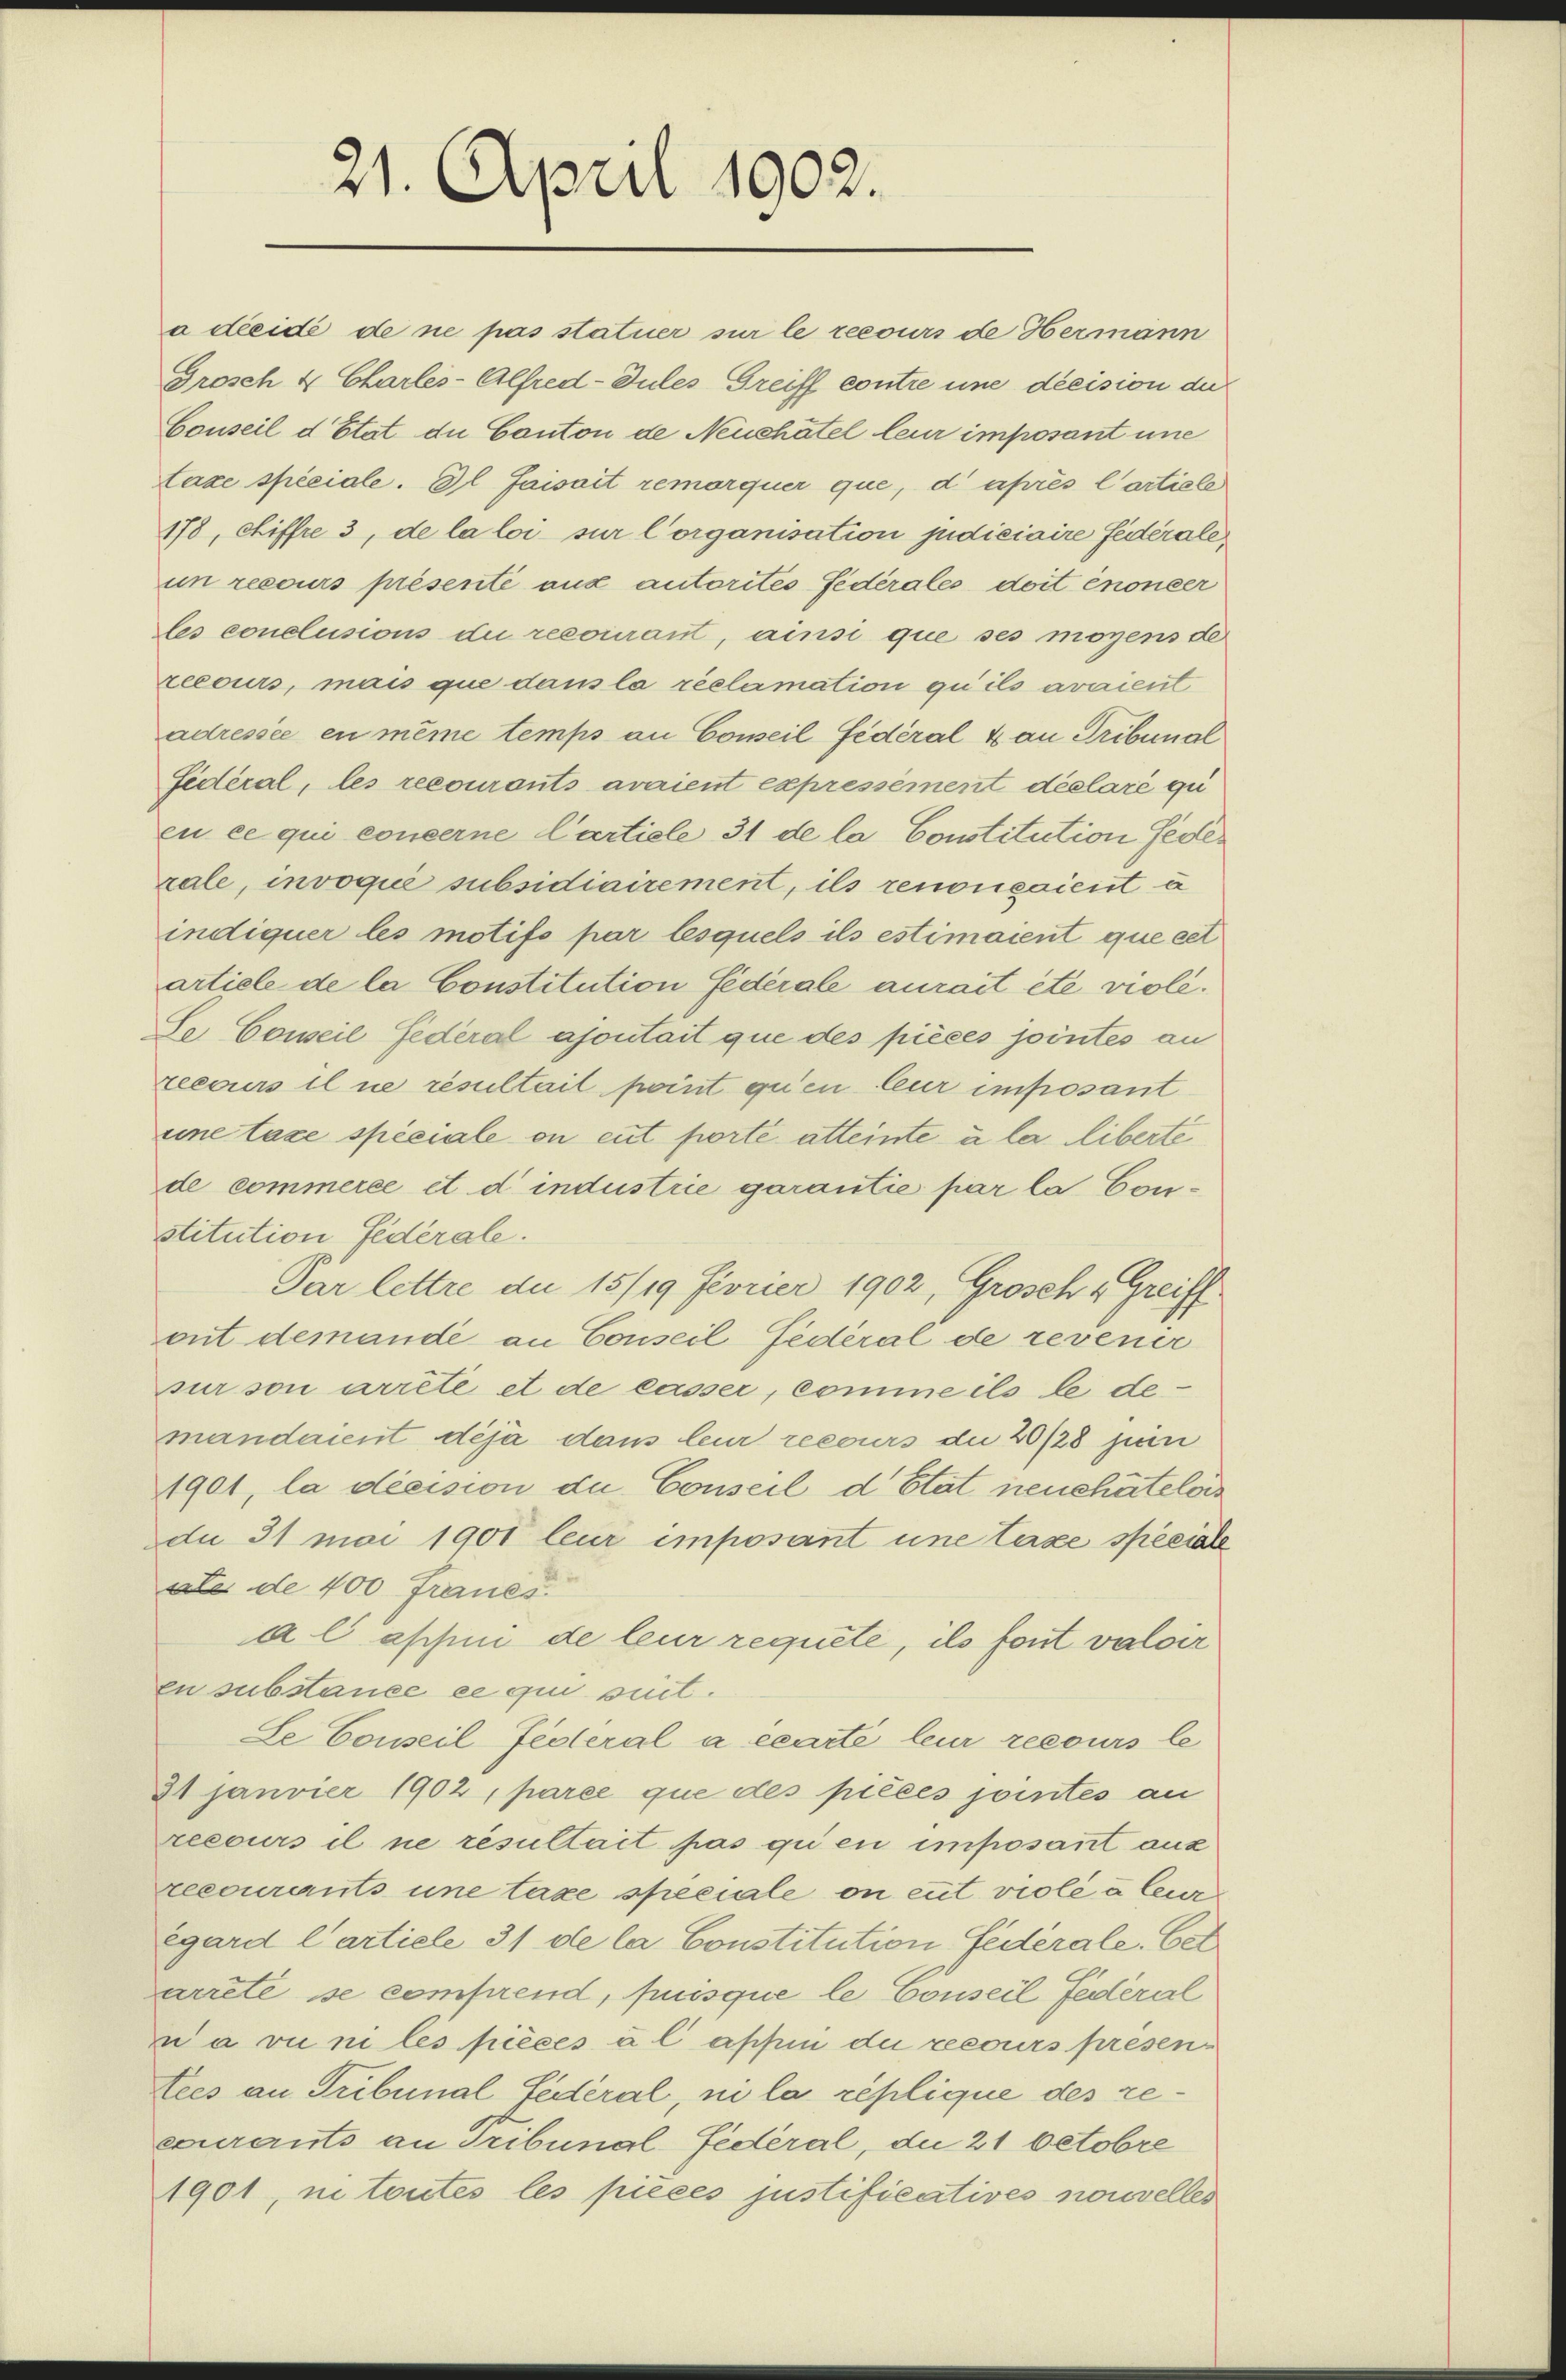
21. April 1902.

a deeide de ne pas statuer sur le recours de Hermann
Grosch 4 Charles-Alfred-Jules Greiff contre une decision der
Conseil d’Etat die Canton de Neuchâtel leur imposant une
taxe spéciale. Il faisait remorquer que, d’après l’artiele
178, chiffre 3, de la loi sur Corganisation judiciaire fédérale,
in recours présenté aux autorites Federales doit énoncer
les conclusions die recourant, ainsi que ses moyens de
recours, mais que dans la réclamation qu’ils avaient
adressée en même temps an Conseil fédéral & an Tribunal
Sidéral, les recourants avaient expressément déclaré qu
eu ce qui concerne Cartiele 31 de la Constitution fede
rale, invoqué subsidiairement, ils renonsaicirt u
indiquer les motifs par lesquels ils estimaient que cet
artiele de la Constitution fédérale aurait été violé.
Se Soweil Federal ajontait que des pièces jointes an
zecours il ne resultait point qu’en leur imposant
eine taxe spéciale on eut porte atteinte à la liberte
de commerce et d industrie garantie par la Constitution Federale.
Par lettre du 15/19 Fevrier 1902, Grosch v. Greiff
ont demande an Conseil Federal de revenir
pur son arrêté et de lasser, comme ils le demandaient déjà dans leur recours die 20/28 juni
1901, la décision du Conseil d’Etat neuchâtelois
du 31 mai 1901 leur imposant une taxe spéciale
ate de 400. Fraues
a l assin de leur requete, ils font valoir
en substance ee qui suit.
Se Conseil Federal a écarte leur recours le
21 Janvier 1902, parée que des pièces jointes an
recours il ne résultait pas qui en imposant aux
recourants une taxe speciale on eut violé à leur
égard Carticle 31 de la Constitution Federale. Cet
arrete se comprend, puisque le Conseil Federal
ua vini les pièces à l appen die recours présentees an Tribunal fédéral, ni la réplique des reecurants an Tribunal Federal, die 21 Octobre
1901, ne toutes les pieces justificatives nouvelles